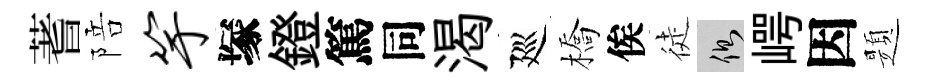
蓍陪竽塚鐙篤同渴廵橋俟徒側崿因題